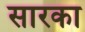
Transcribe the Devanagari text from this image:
सारका